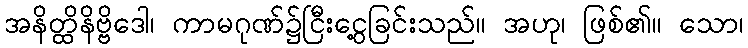
အနိတ္ထိနိဗ္ဗိဒေါ၊ ကာမဂုဏ်၌ငြီးငွေ့ခြင်းသည်။ အဟု၊ ဖြစ်၏။ သော၊